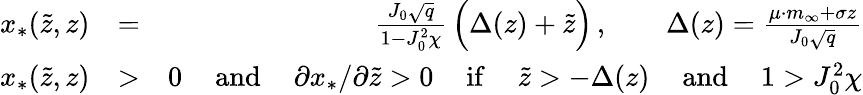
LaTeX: \begin{array}{rlr}{x_{*}(\tilde{z},z)}&{=}&{\frac{J_{0}\sqrt{q}}{1-J_{0}^{2}\chi}\, \Big(\Delta(z)+\tilde{z}\Big)\, ,\qquad\Delta(z)=\frac{\mu\cdot m_{\infty}+\sigma z}{J_{0}\sqrt{q}}}\\ {x_{*}(\tilde{z},z)}&{>}&{0\, \quad\mathrm{and}\, \quad\partial x_{*}/\partial\tilde{z}>0\, \quad\mathrm{if}\, \quad\tilde{z}>-\Delta(z)\, \quad\mathrm{and}\, \quad 1>J_{0}^{2}\chi}\end{array}